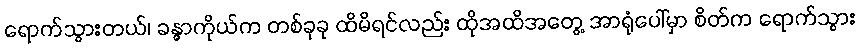
ရောက်သွားတယ်၊ ခန္ဓာကိုယ်က တစ်ခုခု ထိမိရင်လည်း ထိုအထိအတွေ့ အာရုံပေါ်မှာ စိတ်က ရောက်သွား